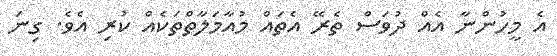
އެ މީހުންނާ އެއް ދުވަސް ތެރޭ އެތައް މުއާމަލާތްތަކެއް ކުރި އެވެ. ގިނަ